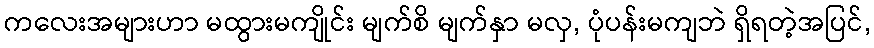
ကလေးအများဟာ မထွားမကျိုင်း မျက်စိ မျက်နှာ မလှ, ပုံပန်းမကျဘဲ ရှိရတဲ့အပြင်,